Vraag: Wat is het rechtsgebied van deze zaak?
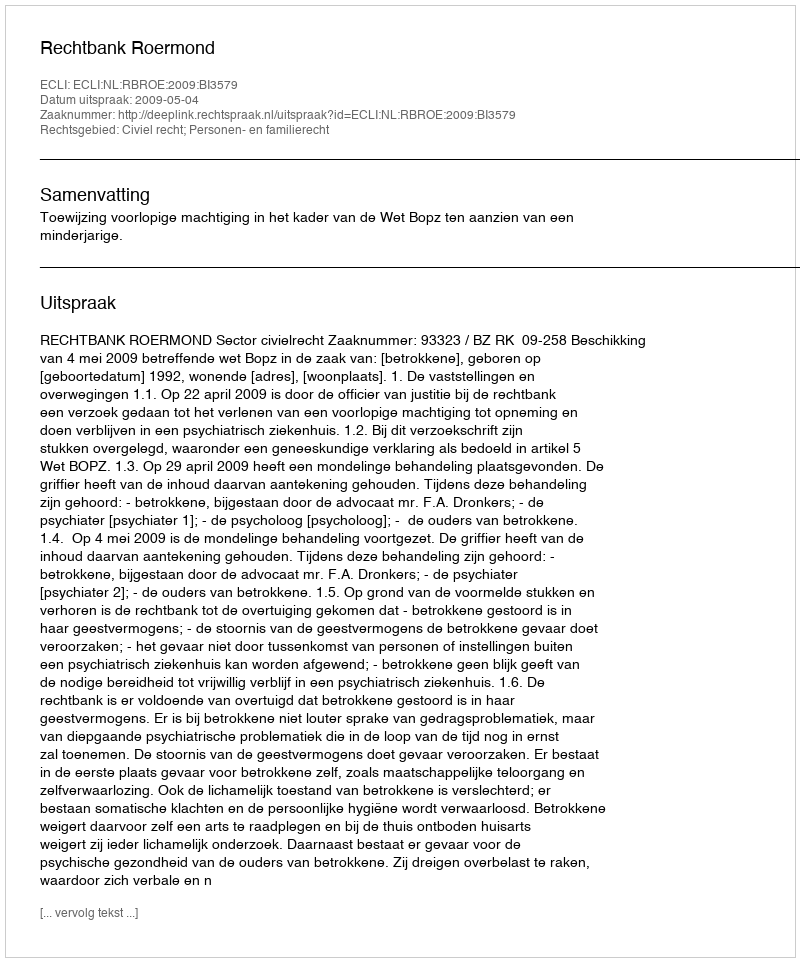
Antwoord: Civiel recht; Personen- en familierecht